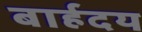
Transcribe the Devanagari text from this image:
बार्हदय